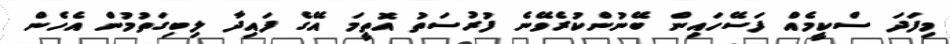
މިފަދަ ސްކީމެއް ފަސޭހައިން ބޭނުންކުރެވޭނެ ފުރުސަތު އޮތީމަ އޭގެ ފައިދާ ލިބިގަތުމުން އެހެން